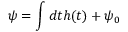
\psi = \int d t h ( t ) + \psi _ { 0 }